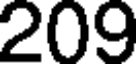
209